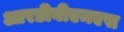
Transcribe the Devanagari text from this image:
आरडीबीएमएस